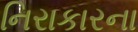
નિરાકારના